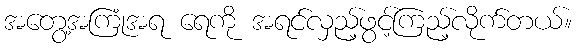
အတွေ့အကြုံအရ ရေကို အရင်လှည့်ဖွင့်ကြည့်လိုက်တယ်။